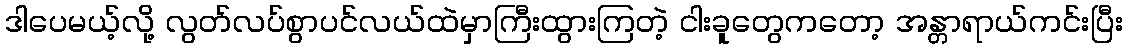
ဒါပေမယ့်လို့ လွတ်လပ်စွာပင်လယ်ထဲမှာကြီးထွားကြတဲ့ ငါးခူတွေကတော့ အန္တာရာယ်ကင်းပြီး